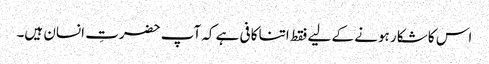
اس کا شکار ہونے کے لیے فقط اتنا کافی ہے کہ آپ حضرتِ انسان ہیں۔